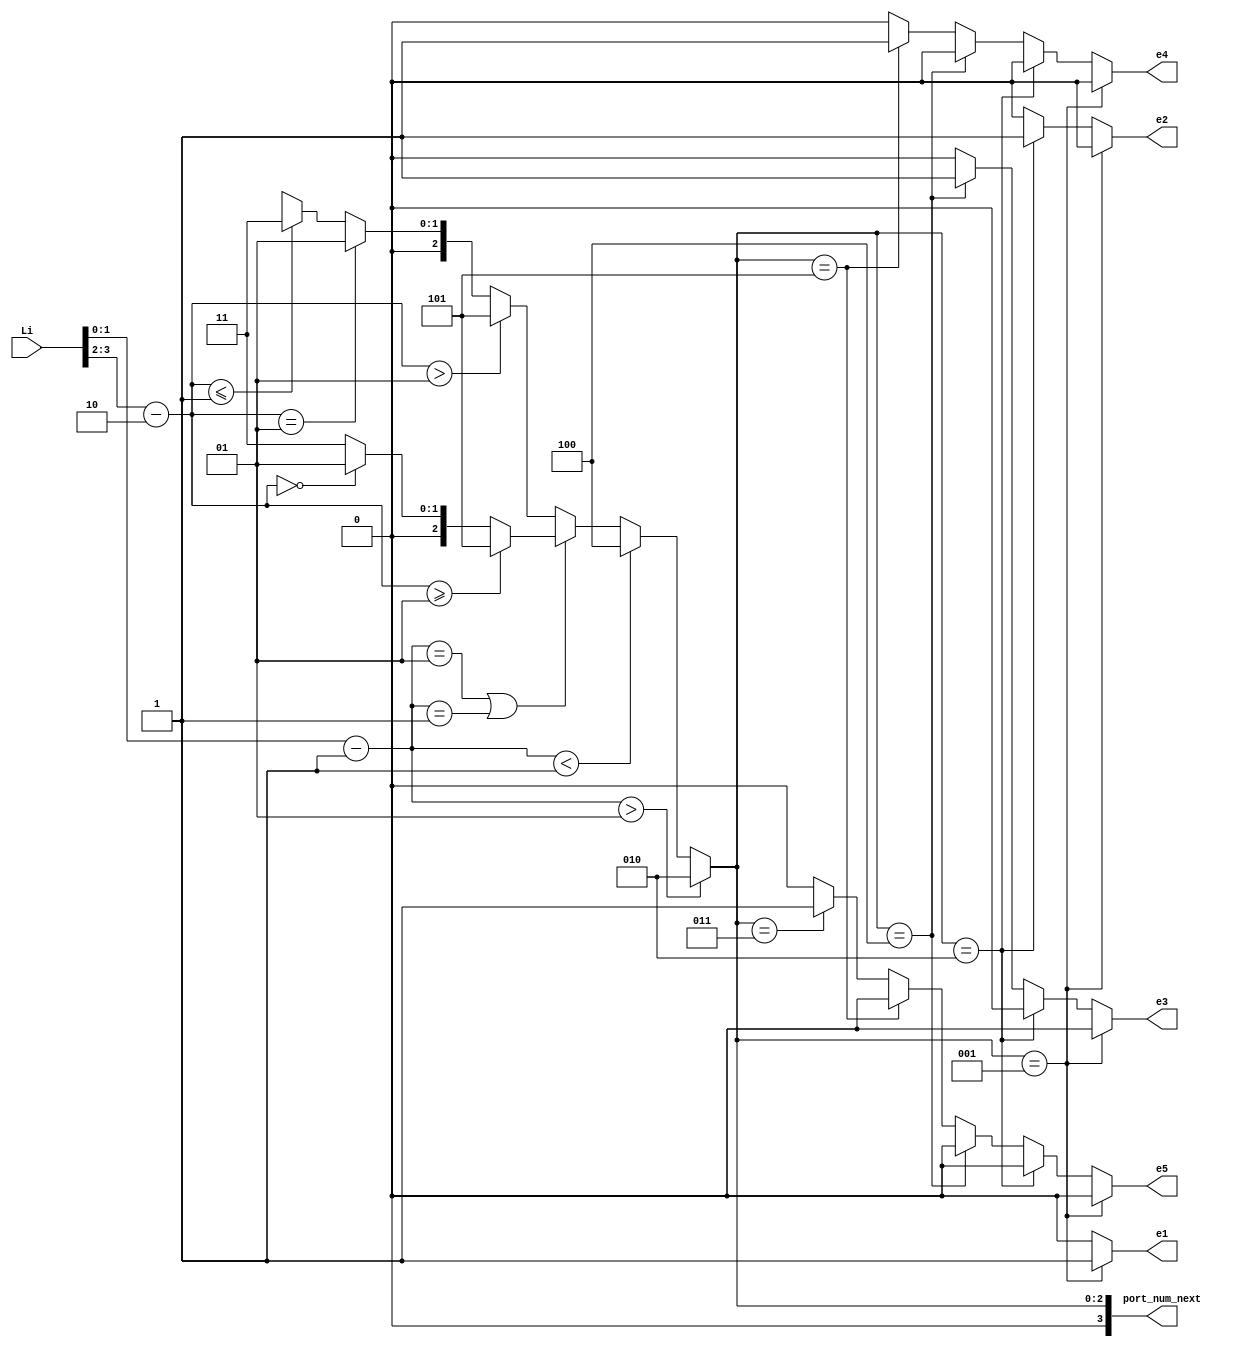
`timescale 1ns / 1ps
//////////////////////////////////////////////////////////////////////////////////
// Company: 
// Engineer: 
// 
// Design Name: 
// Module Name:    compute 
// Project Name: 
// Target Devices: 
// Tool versions: 
// Description: 
//
// Dependencies: 
//
// Revision: 
// Revision 0.01 - File Created
// Additional Comments: 
//
//////////////////////////////////////////////////////////////////////////////////
module computeR10( Li,port_num_next, e1,e2,e3,e4,e5
		); //,);

input wire[7:0] Li;
//output [3:0] Lo, Eo, Wo, No, So;
output [3:0] port_num_next;
wire [3:0]  Lo, Eo, Wo, No, So;
output reg e1,e2,e3,e4,e5;

  assign Lo    =        3'd1;  
assign Eo  =          3'd2;
   assign No    =        3'd3;  
    assign Wo    =        3'd4;  
  assign So   =         3'd5;  
   //assign HDR_FLIT =  2'b10;
 //  assign BODY_FLIT = 2'b00;
  // assign  TAIL_FLIT = 2'b01;
	 
	localparam X_NODE_NUM                    =    4;
   localparam Y_NODE_NUM                    =    4;
   localparam X_NODE_NUM_WIDTH            =    2;
   localparam Y_NODE_NUM_WIDTH            =    2;
	localparam X_S_Adress                  = 1;
	localparam Y_S_Adress                  = 2;
	
	// input   
	wire  [X_NODE_NUM_WIDTH-1        :0]    dest_x_node_in;
//    input  
	wire   [Y_NODE_NUM_WIDTH-1        :0]    dest_y_node_in;
	//output    [3:0]    port_num_out;
	reg [3:0]    port_num_next;
    
	  wire signed [X_NODE_NUM_WIDTH        :0] xc;//current
    wire signed [X_NODE_NUM_WIDTH        :0] xd;//destination
    wire signed [Y_NODE_NUM_WIDTH        :0] yc;//current
    wire signed [Y_NODE_NUM_WIDTH        :0] yd;//destination
    wire signed [X_NODE_NUM_WIDTH        :0] xdiff;
    wire signed [Y_NODE_NUM_WIDTH        :0] ydiff;
    
	 assign dest_x_node_in=Li[1:0];
	 assign dest_y_node_in=Li[3:2];
	 
    assign     xc     =X_S_Adress [X_NODE_NUM_WIDTH-1        :0];
    assign     yc     =Y_S_Adress[Y_NODE_NUM_WIDTH-1        :0];
    assign    xd        =dest_x_node_in;
    assign    yd     = dest_y_node_in;
    assign     xdiff    = xd-xc;
    assign    ydiff    = yd-yc;
    
	 
    
    always@(*)begin
     // port_num_next    = Lo;
           if                (xdiff    >  1)        port_num_next    = Eo;
         else if        (xdiff    < -1)        port_num_next    = Wo;
            else if        (xdiff    ==    1 || xdiff    ==    -1     )
			begin
                if            (ydiff    >= 1)        port_num_next    = So;
                else if     (ydiff    ==    0)        port_num_next    = Lo;
                else                                 port_num_next    = No;
           end  // xdiff    ==    1 || xdiff    ==    -1     
            else begin //xdiff ==0
              if            (ydiff    >    1)        port_num_next    = So;
                else if    (ydiff    ==    1)        port_num_next    = Lo;
            //   else if    (ydiff    ==-1)        port_num_next    = L;
                else if    (ydiff    <= -1)        port_num_next    = No;
               else                                 port_num_next    = 1'bx; //xdiff ==0
          end //else
    end
	 //assign    port_num_out= port_num_next;
	 always@(*)begin
	 if(port_num_next== Lo)  begin 
	 e1=1; 
	 e2=0;
	 e3=0;
	 e4=0;
	 e5=0;
	 end
	else if (port_num_next== Eo) begin e1=0; 
	 e2=1;
	 e3=0;
	 e4=0;
	 e5=0;
	 end
	else if (port_num_next==Wo) 
	begin 
	 e1=0; 
	 e2=0;
	 e3=1;
	 e4=0;
	 e5=0;
	 end
	else if(port_num_next==So) begin e1=0; 
	 e2=0;
	 e3=0;
	 e4=1;
	 e5=0;
	 end
 else    if(port_num_next==No)   begin e1=0; 
	 e2=0;
	 e3=0;
	 e4=0;
	 e5=1;
 end
 else begin e1=0; 
	 e2=0;
	 e3=0;
	 e4=0;
	 e5=0;
 end 
 end 


endmodule